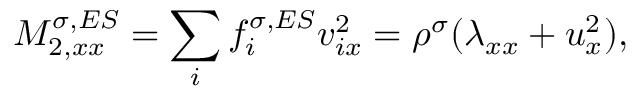
M _ { 2 , x x } ^ { \sigma , E S } = \sum _ { i } f _ { i } ^ { \sigma , E S } v _ { i x } ^ { 2 } = \rho ^ { \sigma } ( \lambda _ { x x } + u _ { x } ^ { 2 } ) ,